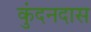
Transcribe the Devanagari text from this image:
कुंदनदास